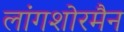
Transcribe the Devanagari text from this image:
लांगशोरमैन